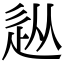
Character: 𨑢